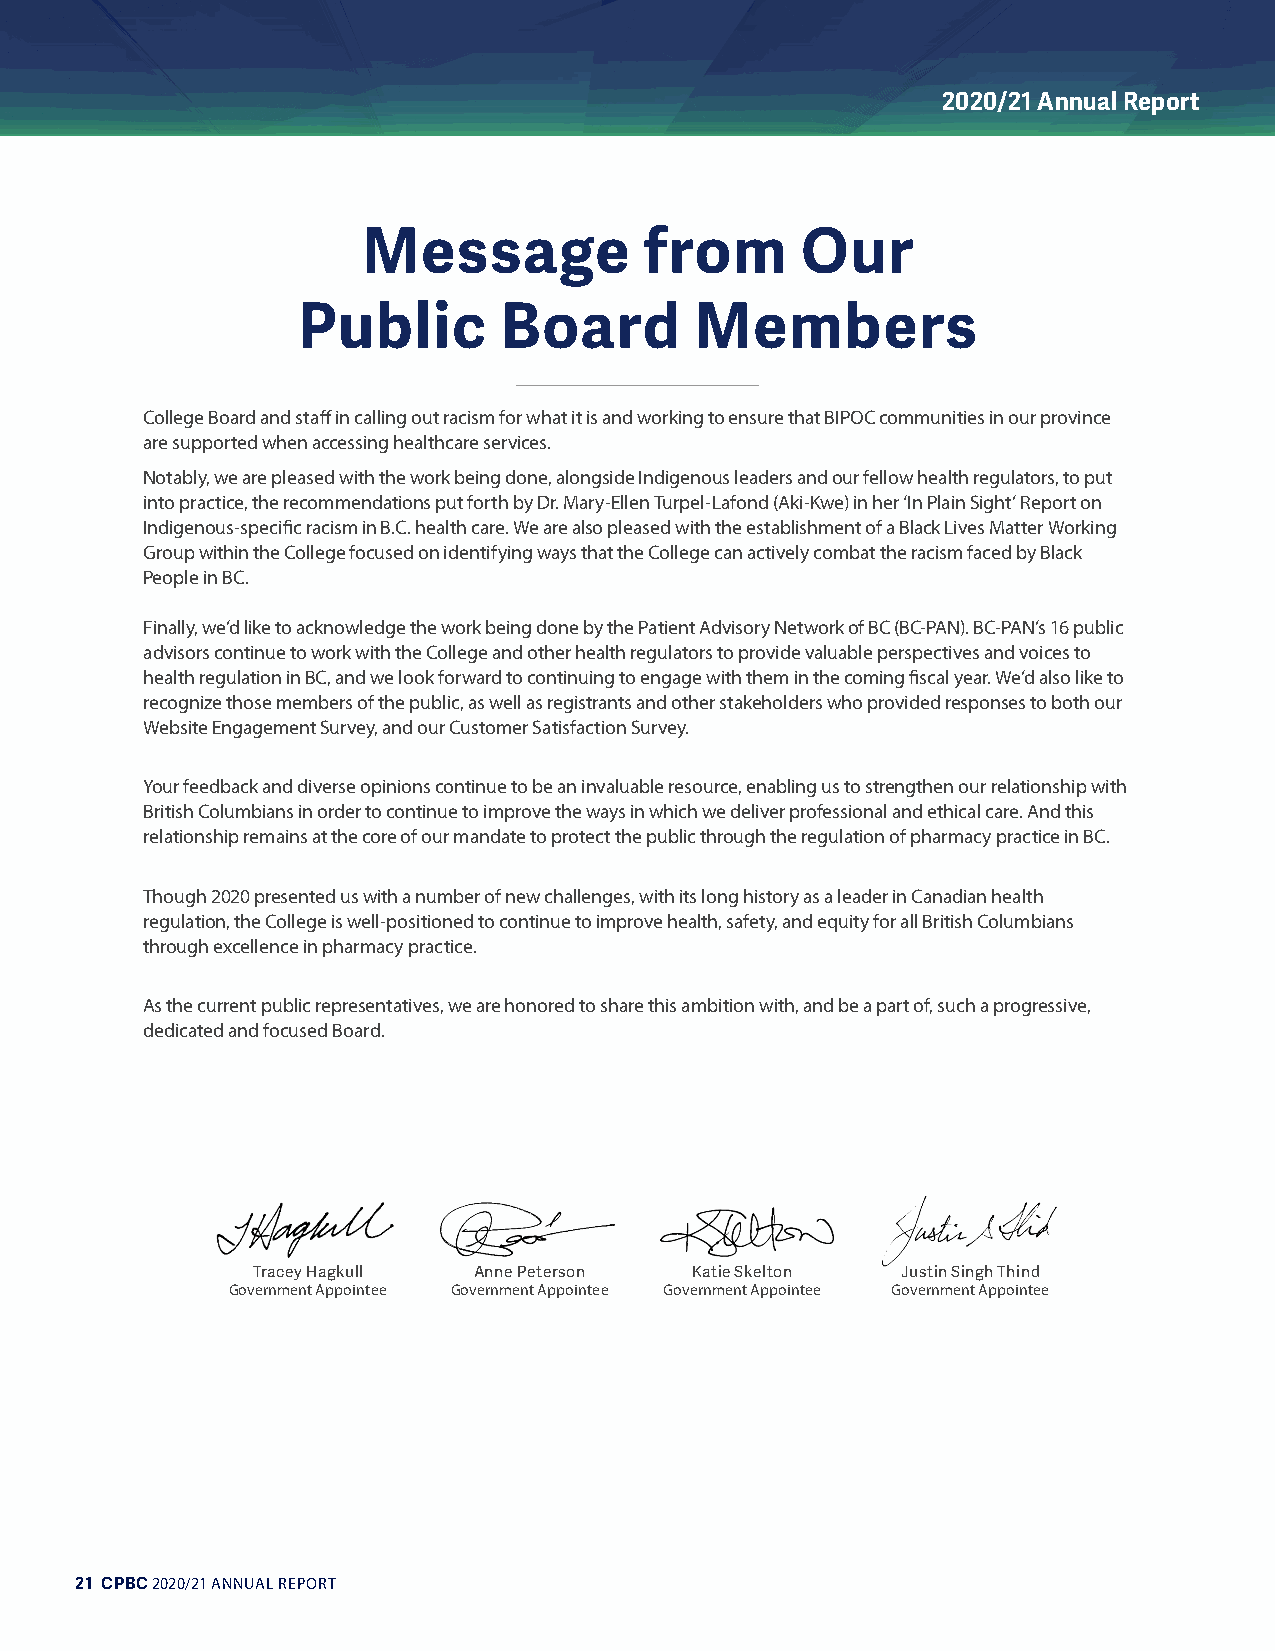
2020/21 Annual Report
 Message            from      Our
 Public       Board        Members
 College Board and staff in calling out racism for what it is and working to ensure that BIPOC communities in our province
 are supported when accessing healthcare services.
 Notably, we are pleased with the work being done, alongside Indigenous leaders and our fellow health regulators, to put
 into practice, the recommendations put forth by Dr. Mary-Ellen Turpel-Lafond (Aki-Kwe) in her ‘In Plain Sight’ Report on
 Indigenous-specific racism in B.C. health care. We are also pleased with the establishment of a Black Lives Matter Working
 Group within the College focused on identifying ways that the College can actively combat the racism faced by Black
 People in BC.
 Finally, we’d like to acknowledge the work being done by the Patient Advisory Network of BC (BC-PAN). BC-PAN’s 16 public
 advisors continue to work with the College and other health regulators to provide valuable perspectives and voices to
 health regulation in BC, and we look forward to continuing to engage with them in the coming fiscal year. We’d also like to
 recognize those members of the public, as well as registrants and other stakeholders who provided responses to both our
 Website Engagement Survey, and our Customer Satisfaction Survey.
 Your feedback and diverse opinions continue to be an invaluable resource, enabling us to strengthen our relationship with
 British Columbians in order to continue to improve the ways in which we deliver professional and ethical care. And this
 relationship remains at the core of our mandate to protect the public through the regulation of pharmacy practice in BC.
 Though 2020 presented us with a number of new challenges, with its long history as a leader in Canadian health
 regulation, the College is well-positioned to continue to improve health, safety, and equity for all British Columbians
 through excellence in pharmacy practice.
 As the current public representatives, we are honored to share this ambition with, and be a part of, such a progressive,
 dedicated and focused Board.
 Tracey Hagkull Anne Peterson Katie Skelton Justin Singh Thind
 Government Appointee Government Appointee Government Appointee Government Appointee
 21 CPBC 2020/21 ANNUAL REPORT